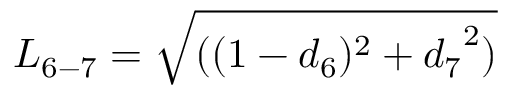
{ L _ { 6 - 7 } } = \sqrt { ( ( 1 - { d _ { 6 } } ) ^ { 2 } + { d _ { 7 } } ^ { 2 } ) }